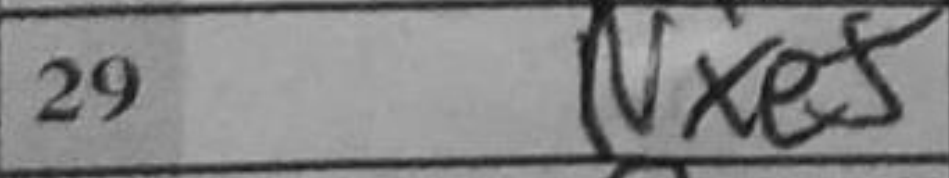
Transcription: Nxe5